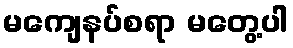
မကျေနပ်စရာ မတွေ့ပါ